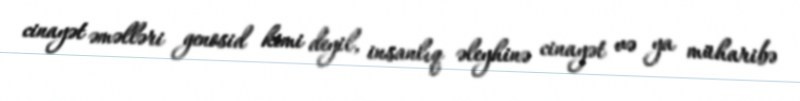
cinayət əməlləri genosid kimi deyil, insanlıq əleyhinə cinayət və ya müharibə